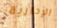
الإدارية